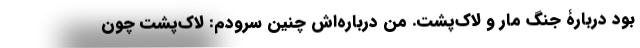
بود دربارۀ جنگ مار و لاک‌پشت. من درباره‌اش چنین سرودم: لاک‌پشت چون